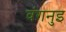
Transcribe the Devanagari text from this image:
वंगनुइ